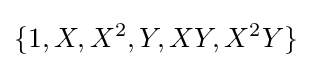
\{1,X,X^{2},Y,XY,X^{2}Y\}